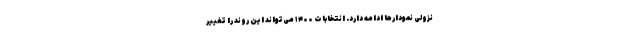
نزولی نمودارها ادامه دارد. انتخابات ۱۴۰۰ می‌تواند این روند را تغییر